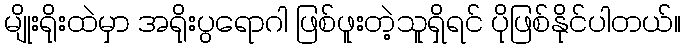
မျိုးရိုးထဲမှာ အရိုးပွရောဂါ ဖြစ်ဖူးတဲ့သူရှိရင် ပိုဖြစ်နိုင်ပါတယ်။